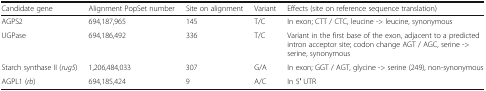
<table><thead><tr><td><b>Candidate gene</b></td><td><b>Alignment PopSet number</b></td><td><b>Site on alignment</b></td><td><b>Variant</b></td><td><b>Effects (site on reference sequence translation)</b></td></tr></thead><tbody><tr><td>AGPS2</td><td>694,187,965</td><td>145</td><td>T/C</td><td>In exon; CTT / CTC, leucine -&gt; leucine, synonymous</td></tr><tr><td>UGPase</td><td>694,186,492</td><td>336</td><td>T/C</td><td>Variant in the first base of the exon, adjacent to a predicted intron acceptor site; codon change AGT / AGC, serine -&gt; serine, synonymous</td></tr><tr><td>Starch synthase II (<i>rug5</i>)</td><td>1,206,484,033</td><td>307</td><td>G/A</td><td>In exon; GGT / AGT, glycine -&gt; serine (249), non-synonymous</td></tr><tr><td>AGPL1 (<i>rb</i>)</td><td>694,185,424</td><td>9</td><td>A/C</td><td>In 5′ UTR</td></tr></tbody></table>